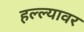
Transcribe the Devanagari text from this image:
हल्ल्यावर